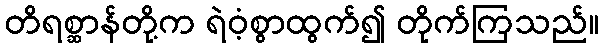
တိရစ္ဆာန်တို့က ရဲဝံ့စွာထွက်၍ တိုက်ကြသည်။